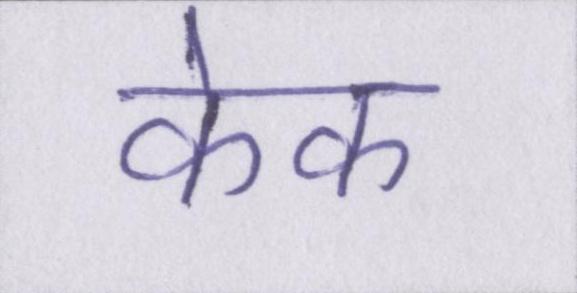
केक